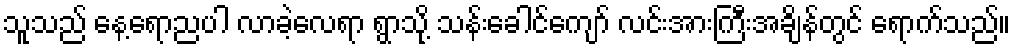
သူသည် နေ့ရောညပါ လာခဲ့လေရာ ရွာသို့ သန်းခေါင်ကျော် လင်းအားကြီးအချိန်တွင် ရောက်သည်။